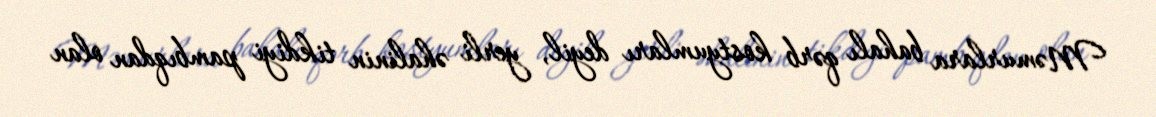
Məmurlara bahalı qərb kostyumları deyil, yerli əhalinin tikdiyi pambıqdan olan